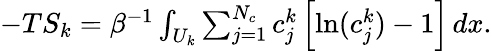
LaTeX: \begin{array}{r}{-TS_{k}=\beta^{-1}\int_{U_{k}}\sum_{j=1}^{N_{c}}c_{j}^{k}\left[\ln(c_{j}^{k})-1\right]\, dx.}\end{array}